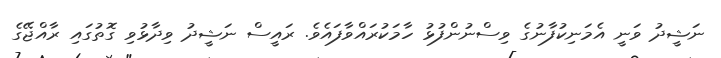
ނަޝީދު ވަނީ އެމަނިކުފާނުގެ ވިސްނުންފުޅު ހާމަކުރައްވާފައެވެ. ރައީސް ނަޝީދު ވިދާޅުވި ގޮތުގައި ރާއްޖޭގެ